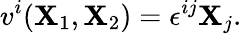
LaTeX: v^{i}(\mathbf{X}_{1},\mathbf{X}_{2})=\epsilon^{ij}\mathbf{X}_{j}.